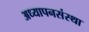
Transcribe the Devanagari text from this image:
अध्यापनसंस्था